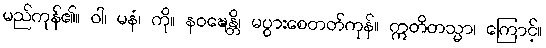
မည်ကုန်၏။ ဝါ၊ မနံ၊ ကို။ နဝဍ္ဎေန္တိ၊ မပွားစေတတ်ကုန်။ ဣတိတသ္မာ၊ ကြောင့်။